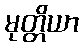
မုတ္တိယာ